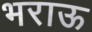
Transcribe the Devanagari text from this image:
भराऊ